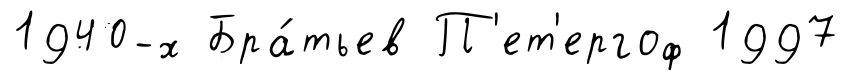
1940-х Бра́тьев П'ет'ергоф 1997